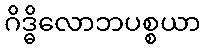
ဂိဒ္ဓိလောဘပစ္စယာ